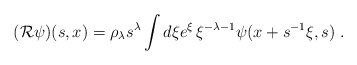
\begin{align*}({\cal R}\psi )(s,x) =\rho _{\lambda} s^{\lambda}\int d\xi e^{\xi}\, \xi ^{-\lambda -1}\psi(x+s^{-1}\xi,s)\;.\end{align*}